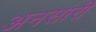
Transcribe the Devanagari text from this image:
अनसारी